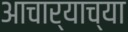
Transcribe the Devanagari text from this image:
आचार्याच्या